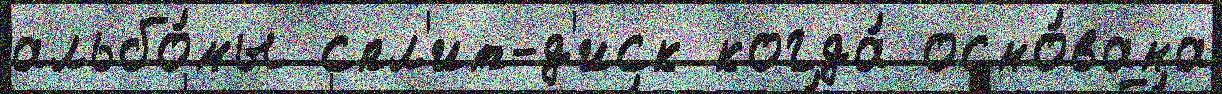
альбо́мы спл'ит-д'иск когда́ осно́вана